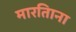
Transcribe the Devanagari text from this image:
मारतिाना